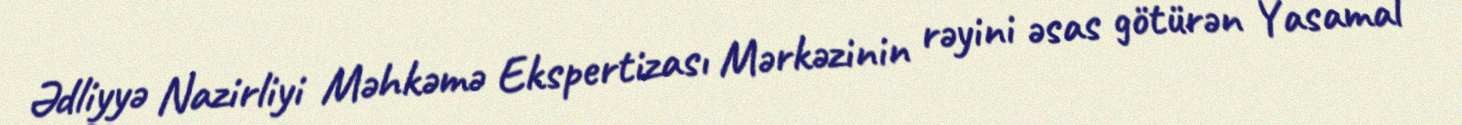
Ədliyyə Nazirliyi Məhkəmə Ekspertizası Mərkəzinin rəyini əsas götürən Yasamal